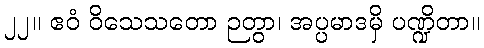
၂၂။ ဧဝံ ဝိသေသတော ဉတွာ၊ အပ္ပမာဒမှိ ပဏ္ဍိတာ။